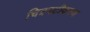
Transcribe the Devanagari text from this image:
चित्रपटीकरण